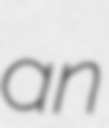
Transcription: an